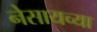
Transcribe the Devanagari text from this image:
नेसायच्या